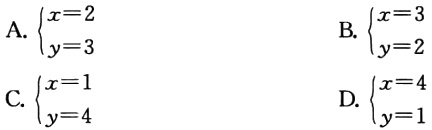
A. $\begin{cases}x = 2\\y = 3\end{cases}$

B. $\begin{cases}x = 3\\y = 2\end{cases}$

C. $\begin{cases}x = 1\\y = 4\end{cases}$

D. $\begin{cases}x = 4\\y = 1\end{cases}$